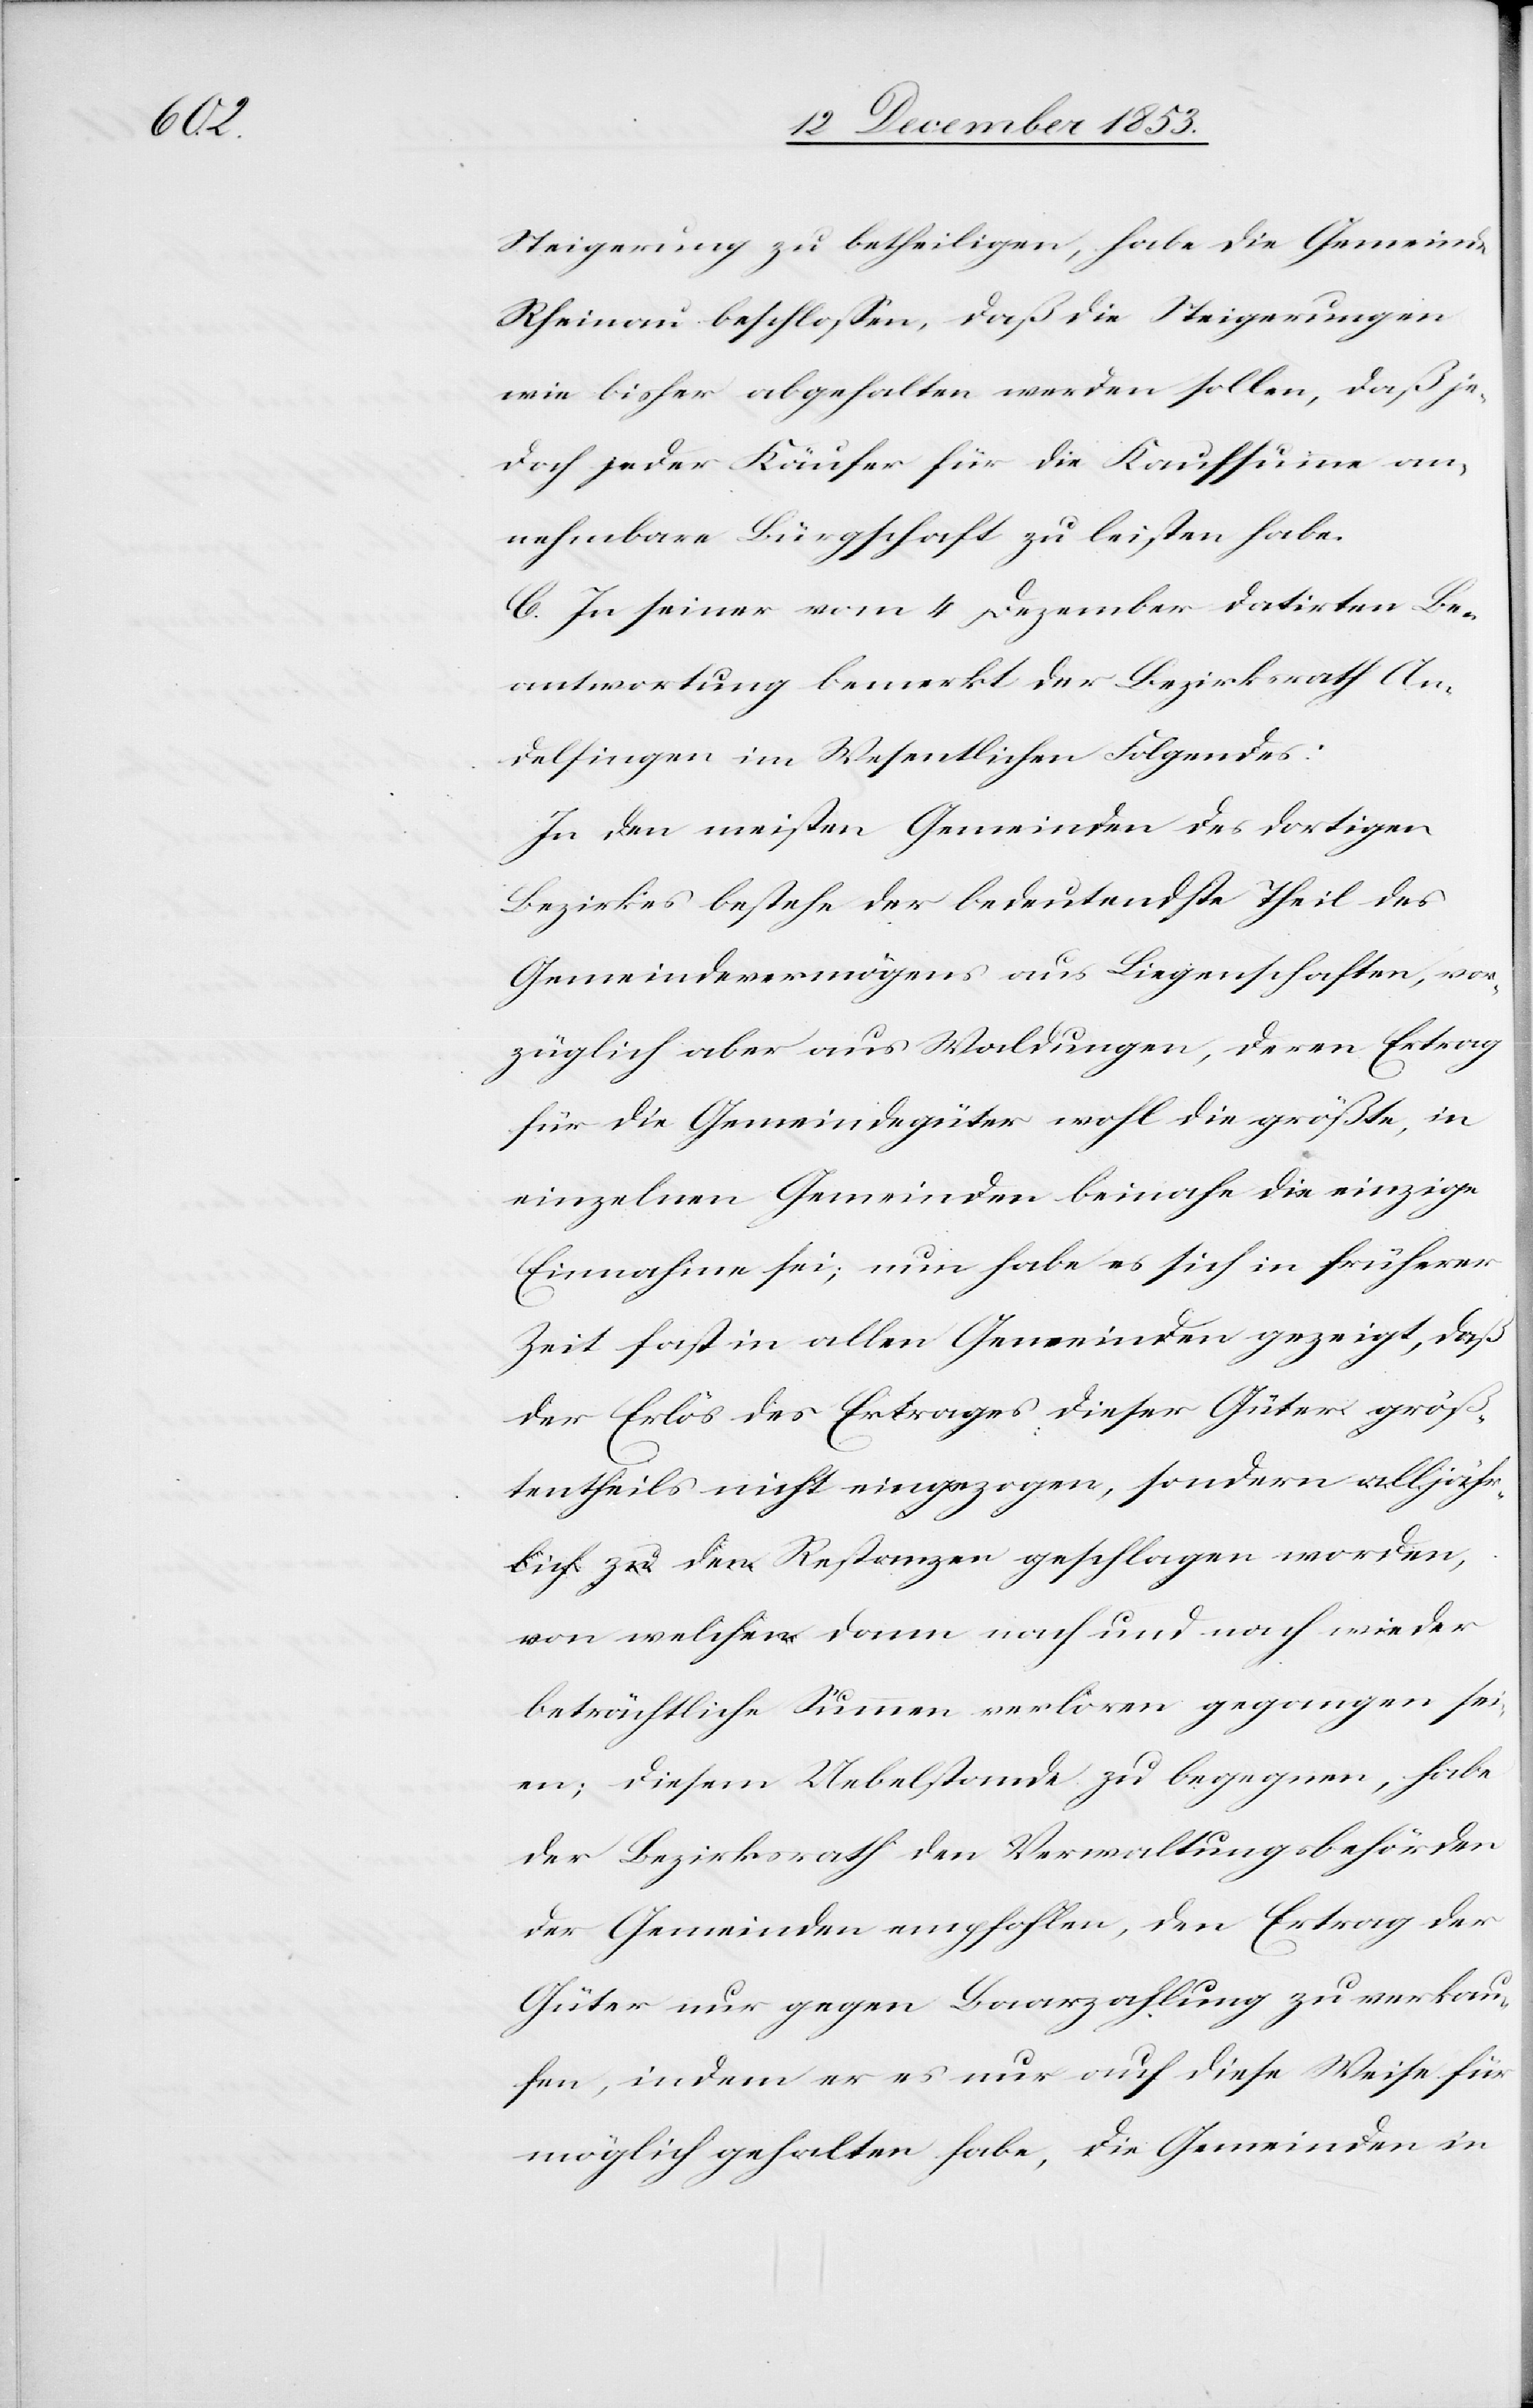
Steigerung zu betheiligen, habe die Gemeinde
Rheinau beschloßen, daß die Steigerungen
wie bisher abgehalten werden sollen, daß je¬
doch jeder Käufer für die Kaufsumme an¬
nehmbare Bürgschaft zu leisten habe.
C. In seiner vom 4 Dezember datirten Be¬
antwortung bemerkt der Bezirksrath An¬
delfingen im Wesentlichen Folgendes:
In den meisten Gemeinden des dortigen
Bezirkes bestehe der bedeutendste Theil des
Gemeindsvermögens aus Liegenschaften, vor¬
züglich aber aus Waldungen, deren Ertrag
für die Gemeindsgüter wohl die größte, in
einzelnen Gemeinden beinahe die einzige
Einnahme sei; nun habe es sich in früherer
Zeit fast in allen Gemeinden gezeigt, daß
der Erlös des Ertrages dieser Güter größ¬
tentheils nicht eingezogen, sondern alljähr¬
lich zu den Restanzen geschlagen worden,
von welchen dann nach und nach wieder
beträchtliche Summe verloren gegangen sei¬
en; diesem Uebelstande zu begegnen, habe
der Bezirksrath den Verwaltungsbehörden
der Gemeinden empfohlen, den Ertrag der
Güter nur gegen Baarauszahlung zu verkau¬
fen, indem er es nur auf diese Weise für
möglich gehalten habe, die Gemeinden in